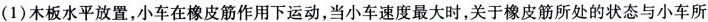
(1)木板水平放置,小车在橡皮筋作用下运动,当小车速度最大时,关于皮筋所处的状态与小车所